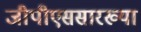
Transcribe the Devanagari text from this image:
जीपीएससारख्या